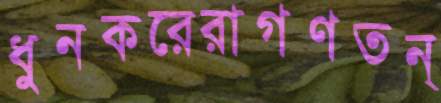
ধুনকরেরাগণতন্